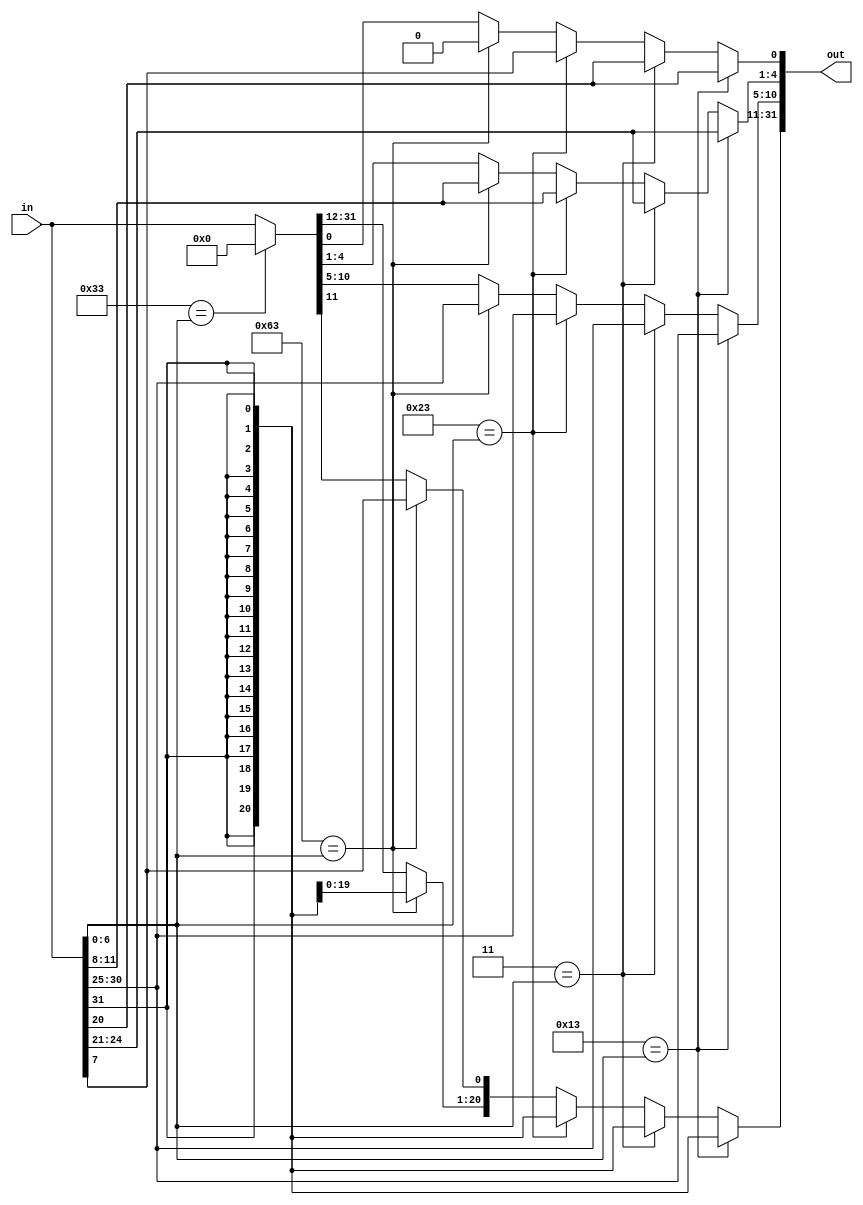
`timescale 1ns / 1ps
//////////////////////////////////////////////////////////////////////////////////
// Company: 
// Engineer: 
// 
// Design Name: 
// Module Name: imm_gen
// Project Name: 
// Target Devices: 
// Tool Versions: 
// Description: 
// 
// Dependencies: 
// 
// Revision:
// Revision 0.01 - File Created
// Additional Comments:
// 
//////////////////////////////////////////////////////////////////////////////////


module imm_gen(
    input [31:0] in,
    output reg [31:0] out);
    
    integer k;
  
    always @* begin
        // Daca opcode ul e pentru o instructiune de tip I (001011)
        // ADDI, SLTI, SLTIU, XORI, ORI, ANDI, SLI, SRLI, SRAI
        if (7'b0010011 == in[6:0]) 
        begin
           
            out[31:11] = {21{in[31]}};
            
            out[10:5] = in[30:25];
            out[4:1] = in[24:21];
            out[0] = in[20];
        end
        
        //Daca opcode ul e pentru o instructiune de tip I dar are
        // opcode 0000011 (LW)
        else if (7'b0000011 == in[6:0]) 
        begin
           
            out[31:11] = {21{in[31]}};
  
            out[10:5] = in[30:25];
            out[4:1] = in[24:21];
            out[0] = in[20];
        end
        
        // Daca opcode e 0100011 (SW) -> de tip S 
        else if (7'b0100011 == in[6:0])
        begin 
            
            out[31:11] = {21{in[31]}};
            
            out[10:5] = in[30:25];
            out[4:1] = in[11:8];
            out[0] = in[7];
        end
        
        // Daca opcode e 0100011 (BEQ, BNE..) -> B-type
        else if (7'b1100011 == in[6:0])
        begin 
           
            out[31:12] = {20{in[31]}};
            out[11] = in[7];
            out[10:5] = in[30:25];
            out[4:1] = in[11:8];
            out[0] = 1'b0;
        end 
        // Daca opcode ul este al unei instructiuni de tip R
        else if (7'b0110011 == in[6:0]) // instr de tip R nu au imm_gen
            out = 0;
        // altfel, default, scoatem la iesire ce am primit la intrare
        else out = in;
    end
endmodule